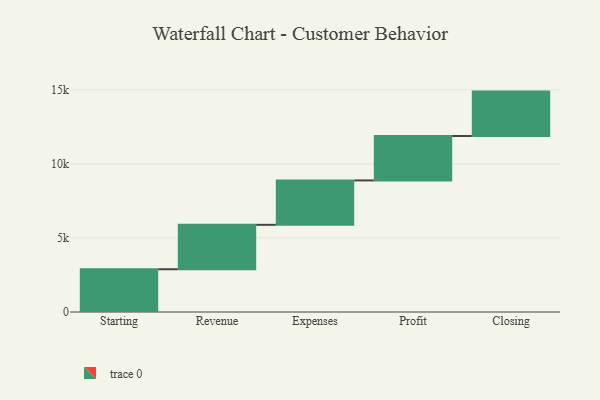
{"axis": {"x": "Step", "y": "Value"}, "legend": [""], "data": [{"x": "Starting", "y": 2888.0, "type": ""}, {"x": "Revenue", "y": 3000, "type": ""}, {"x": "Expenses", "y": 3000, "type": ""}, {"x": "Profit", "y": 3000, "type": ""}, {"x": "Closing", "y": 3000, "type": ""}]}